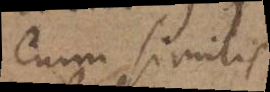
enim similis